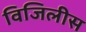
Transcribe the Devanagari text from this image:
विजिलीस